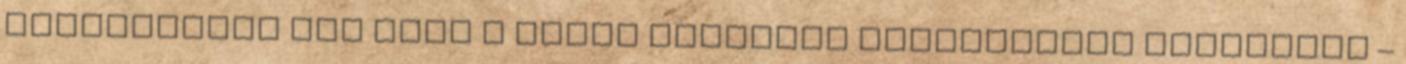
jelenítsünk meg ezen a régen megszűnt könnyűipari területen –